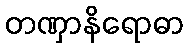
တဏှာနိရောဓာ